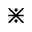
\divideontimes